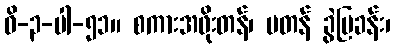
ဝိ-၃-ပါ-၅၁။ စကားအဖိုးတန်၊ မတန် ခွဲပြခန်း၊